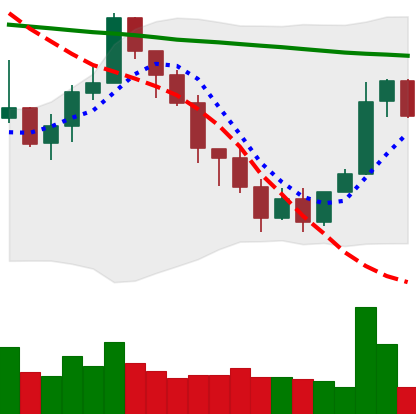
Ticker: XMR-USD
Chart end date: 2022-01-15
Forward return: -13.524%
Label: down_7plus